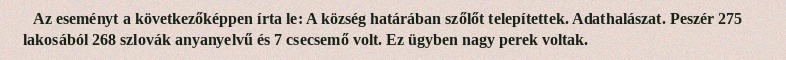
Az eseményt a következőképpen írta le: A község határában szőlőt telepítettek. Adathalászat. Peszér 275 lakosából 268 szlovák anyanyelvű és 7 csecsemő volt. Ez ügyben nagy perek voltak.